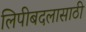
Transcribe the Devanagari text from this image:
लिपीबदलासाठी